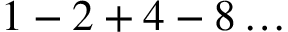
1 - 2 + 4 - 8 \ldots